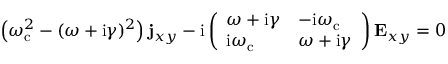
\left( \omega _ { \mathrm { c } } ^ { 2 } - ( \omega + \mathrm { i } \gamma ) ^ { 2 } \right) \mathbf { j } _ { x y } - \mathrm { i } \left( \begin{array} { l l } { \omega + \mathrm { i } \gamma } & { - \mathrm { i } \omega _ { \mathrm { c } } } \\ { \mathrm { i } \omega _ { \mathrm { c } } } & { \omega + \mathrm { i } \gamma } \end{array} \right) \mathbf { E } _ { x y } = 0